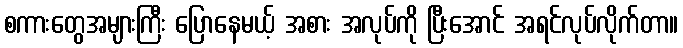
စကားတွေအများကြီး ပြောနေမယ့် အစား အလုပ်ကို ပြီးအောင် အရင်လုပ်လိုက်တာ။